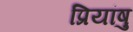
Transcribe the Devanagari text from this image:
प्रियांषु